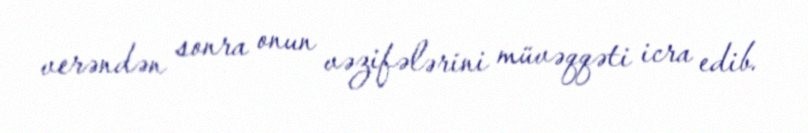
verəndən sonra onun vəzifələrini müvəqqəti icra edib.